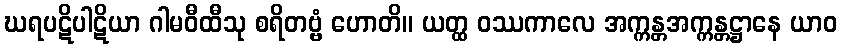
ဃရပဋိပါဋိယာ ဂါမဝီထီသု စရိတဗ္ဗံ ဟောတိ။ ယတ္ထ ဝဿကာလေ အက္ကန္တအက္ကန္တဋ္ဌာနေ ယာဝ